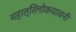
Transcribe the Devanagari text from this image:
महात्रिलोकपावनी